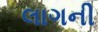
લાગની